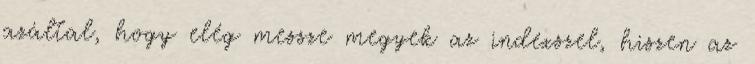
azáltal, hogy elég messze megyek az indexszel, hiszen az